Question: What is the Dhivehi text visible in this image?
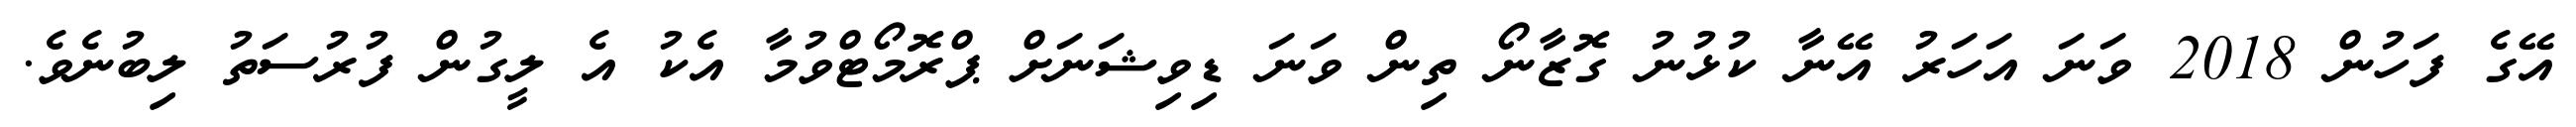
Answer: އޭގެ ފަހުން 2018 ވަނަ އަހަރު އޭނާ ކުޅުނު ގޮޒާނޯ ތިން ވަނަ ޑިވިޝަނަށް ޕްރޮމޯޓްވުމާ އެކު އެ ލީގުން ފުރުސަތު ލިބުނެވެ.